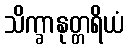
သိက္ခာနုတ္တရိယံ